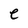
Character: e